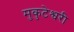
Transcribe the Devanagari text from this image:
मुकुटेश्वरी